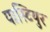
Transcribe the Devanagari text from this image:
पास्टियुर